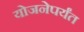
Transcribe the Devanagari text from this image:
योजनेपर्यंत